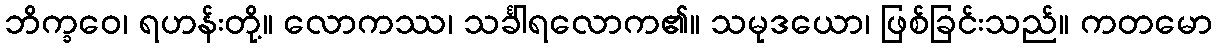
ဘိက္ခဝေ၊ ရဟန်းတို့။ လောကဿ၊ သင်္ခါရလောက၏။ သမုဒယော၊ ဖြစ်ခြင်းသည်။ ကတမော